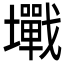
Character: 𡓥